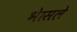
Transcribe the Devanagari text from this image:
भेासले